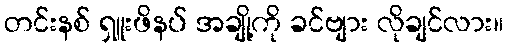
တင်းနစ် ရှူးဖိနပ် အချို့ကို ခင်ဗျား လိုချင်လား။